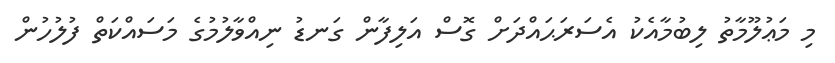
މި މަޢުލޫމާތު ލިބުމާއެކު އެސަރަޙައްދަށް ގޮސް އަލިފާން ގަނޑު ނިއްވާލުމުގެ މަސައްކަތް ފުލުހުން